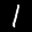
Label: 1